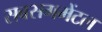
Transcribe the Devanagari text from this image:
सबसगमेंटल